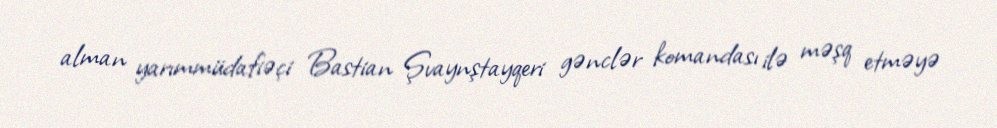
alman yarımmüdafiəçi Bastian Şvaynştayqeri gənclər komandası ilə məşq etməyə